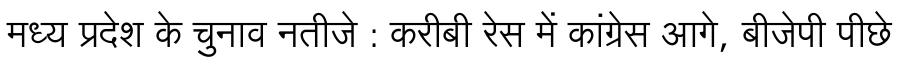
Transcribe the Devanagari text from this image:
मध्य प्रदेश के चुनाव नतीजे : करीबी रेस में कांग्रेस आगे, बीजेपी पीछे